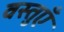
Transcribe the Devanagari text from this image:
वस्‍तुएँ